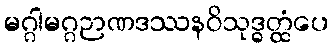
မဂ္ဂါမဂ္ဂဉာဏဒဿနဝိသုဒ္ဓတ္ထံပေ